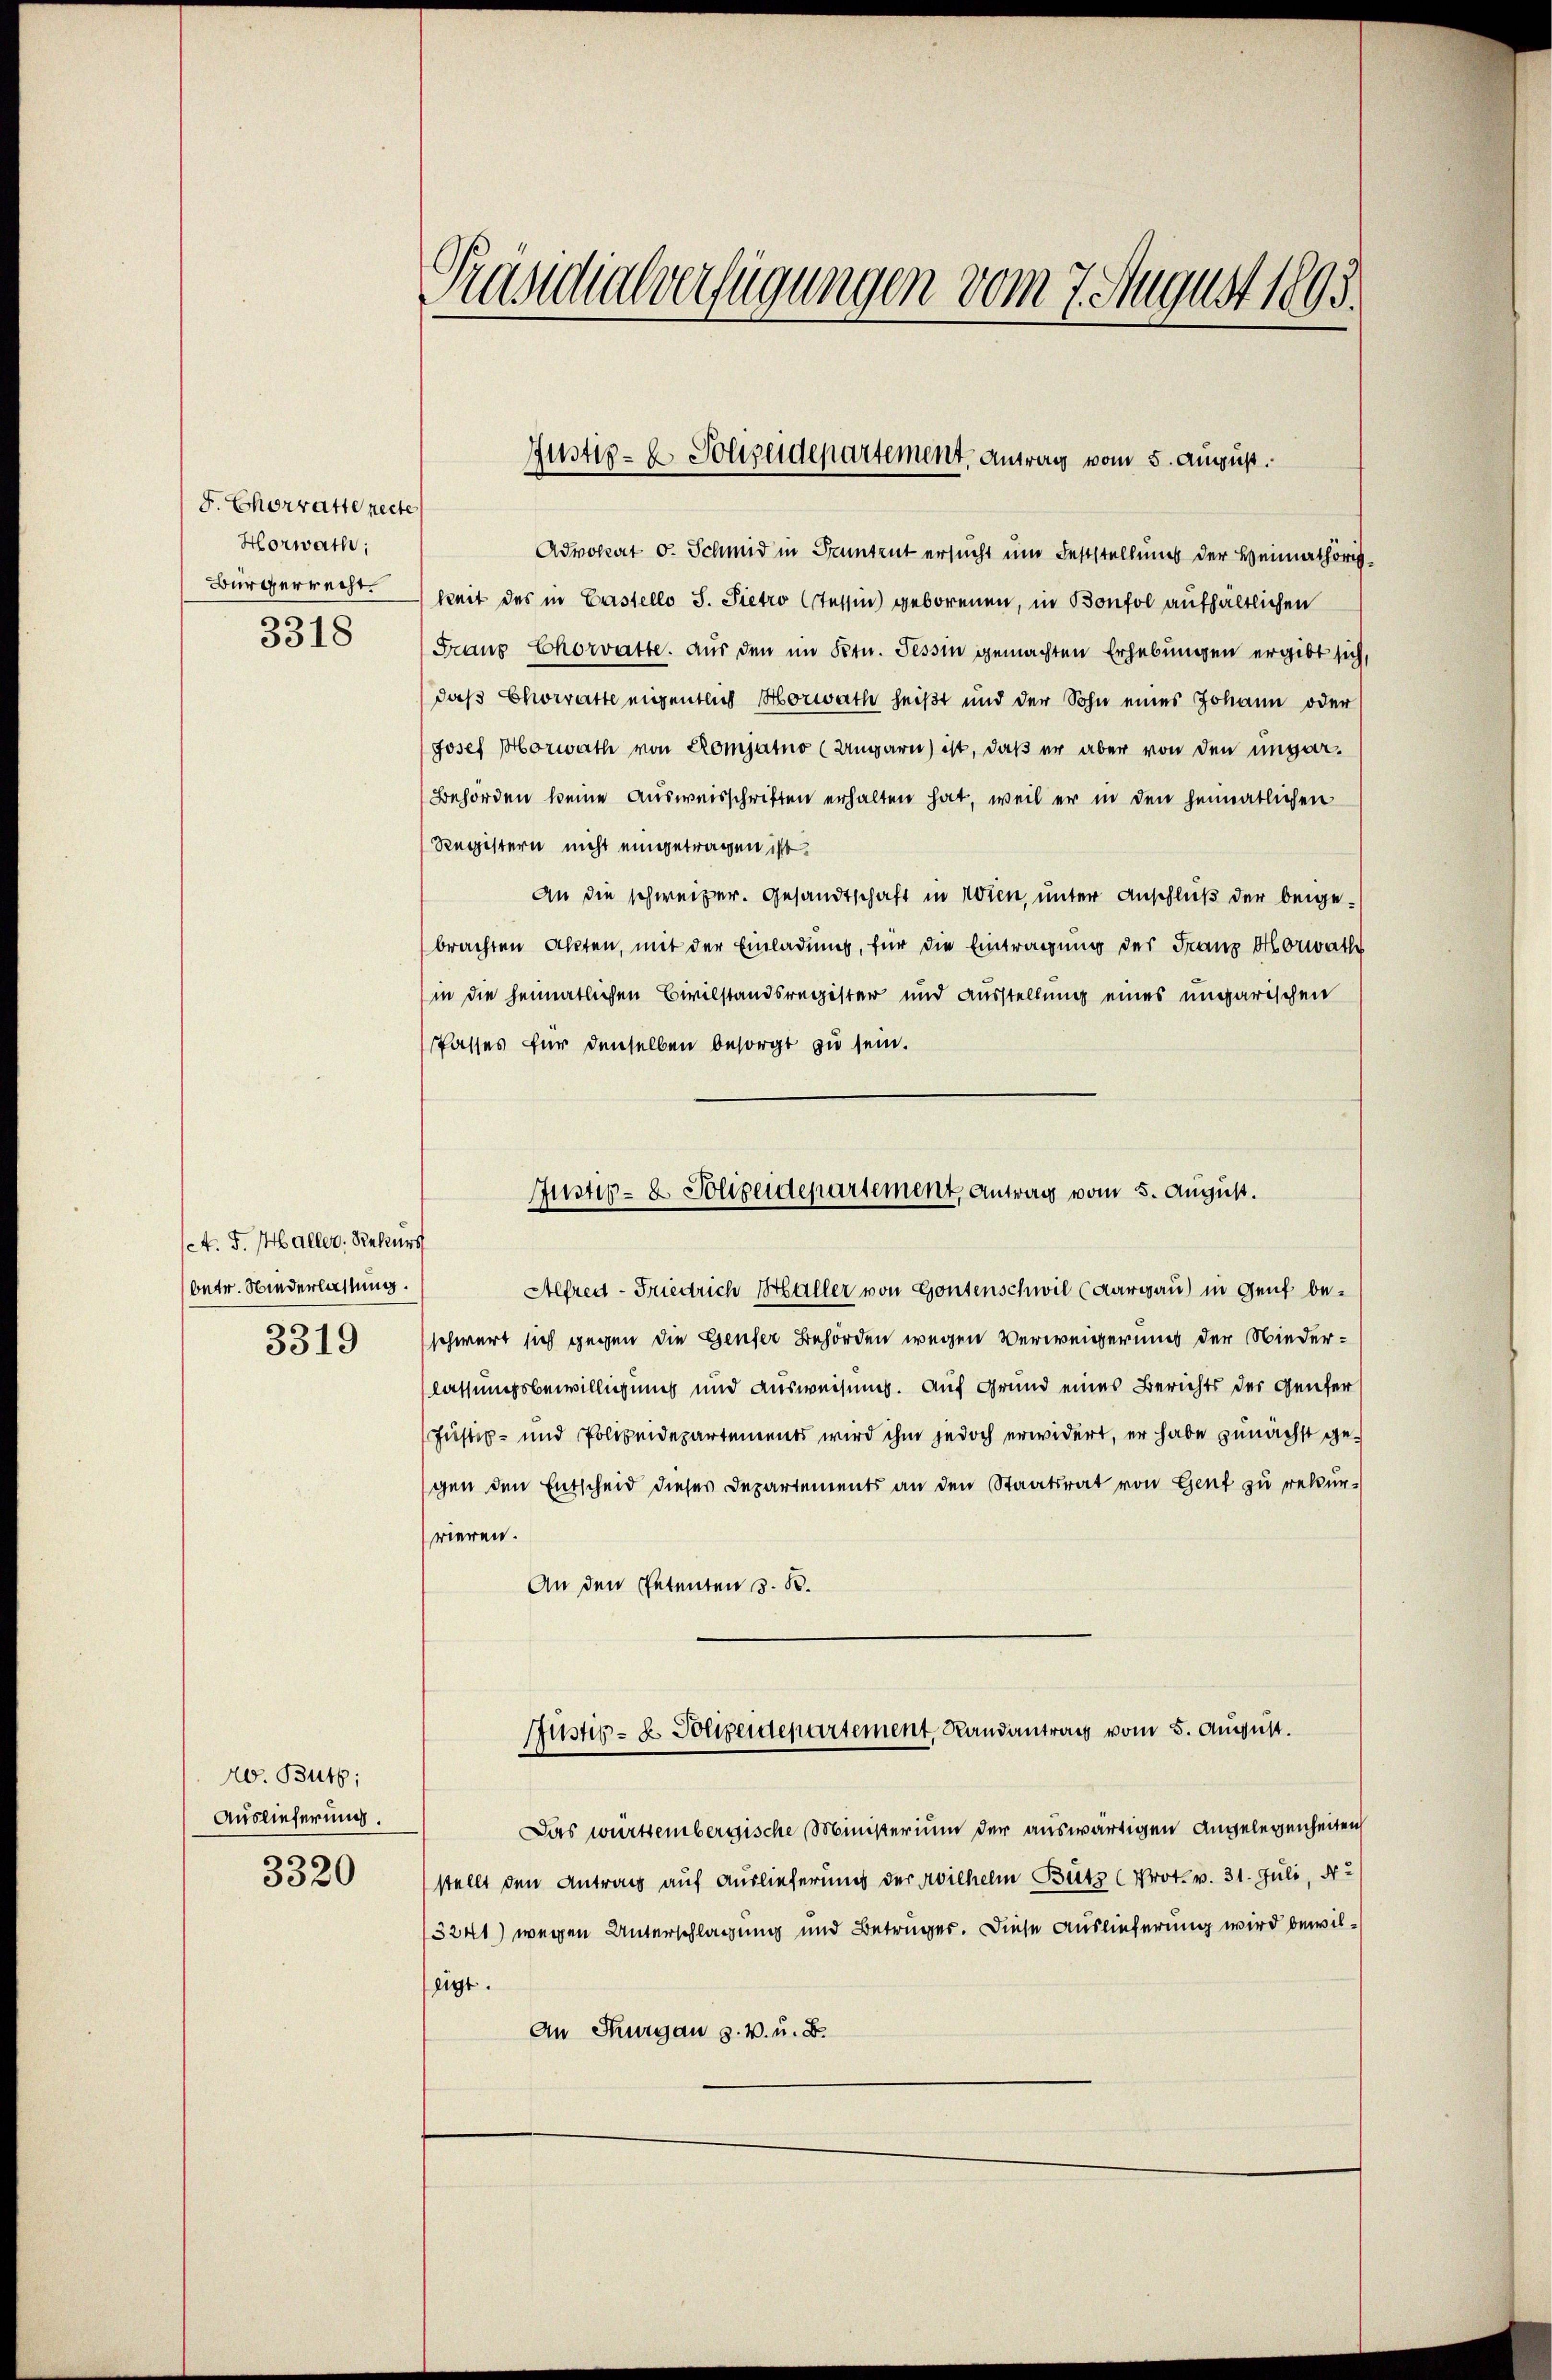
F. Chorratte rechte
Horwath;
Bürgerrecht.
3318

et. F. Haller, Rekurs
betr. Wiederlassung.
3319

40. Butz;
Auslieferung.
3320

Präsidialverfügungen vom 7. August 1895.

Advokat v. Schmid in Tantent ersucht um Feststellung der Heimathörigkeit des in Castello S. Pietro Cessin geborenen, in Bonfol aufhältlichen
Fraus Chorvatte. Aus den im Ktn. Tessin gemachten Erhebungen ergibt sich,
daß Chorratte eigentlich Horwath heißt und der Sohn eines Johann oder
Josef Morwath von Romjatno (Ungarn) ist, daß er aber von den ungar¬
Behörden keine Ausweisschriften erhalten hat, weil er in den heimatlichen
Registern nicht eingetragen ist.
An die schweizer. Gesandtschaft in Wien, unter Anschluß der beigebrachten Akten, mit der Einladung, für die Eintragung der Franz bronath
in die heimatlichen Civilstandsregister und Ausstellung eines ungarischen
Passes für denselben besorgt zu sein.
Alfred - Friedrich Haller von Gontenschwil (Aargau) in Genf beschwert sich gegen die Genfer Behörden wegen Verweigerung der Niederlassungsbewilligung und Ausweisung. Auf Grund eines Berichts der Genfer
Justiz- und Polizeidepartements wird ihm jedoch erwidert, er habe zunächst gegen den Entscheid dieser Departements an den Staatsrat von Gent zu rekur-
rieren.
An den Petenten d. B.
Justiz- & Polizeidepartement, Randantrag vom 5. August.
Das württembergische Ministerium der auswärtigen Angelegenheiten
stellt den Antrag auf Auslieferung der Wilhelm Bütz (Prot. v. 31. Juli, N
3241) wegen Unterschlagung und Betrüger. Diese Auslieferung wird bewilligt.
An Thurgau s. v. u. B.

Justiz- & Polizeidepartement Antrag vom 5. August.

Justiz- & Polizeidepartement, Antrag vom 5. August.